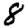
Digit: 8